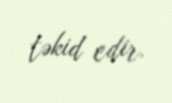
təkid edir.